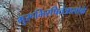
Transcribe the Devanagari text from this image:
गुरूभिरपितंत्रालोके